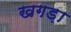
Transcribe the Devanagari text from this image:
खगड़ा